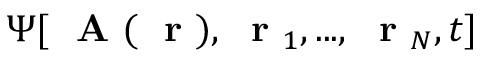
\Psi [ \mathrm { ~ \bf ~ A ~ } ( \mathrm { ~ \bf ~ r ~ } ) , \mathrm { ~ \bf ~ r ~ } _ { 1 } , . . . , \mathrm { ~ \bf ~ r ~ } _ { N } , t ]